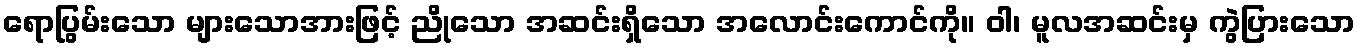
ရောပြွမ်းသော များသောအားဖြင့် ညိုသော အဆင်းရှိသော အလောင်းကောင်ကို။ ဝါ၊ မူလအဆင်းမှ ကွဲပြားသော